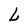
Character: L